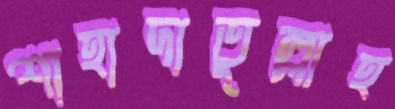
শাহাদাতুল্লাহ